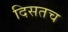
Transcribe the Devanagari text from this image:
दिसतच